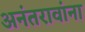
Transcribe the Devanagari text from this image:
अनंतरावांना